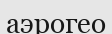
аэрогео